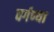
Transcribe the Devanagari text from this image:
वर्गण्या